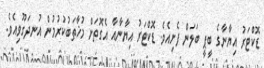
ޑޮކްޓަރު އިޔާނާގެ ބީޕީ ބަލަން ފެށިއެވެ. ޑޮކްޓަރު އިޔާނާއާ އެގޮތަށް މުޚާތަބުކުރުމުން އުނދަގޫވިއެވެ.